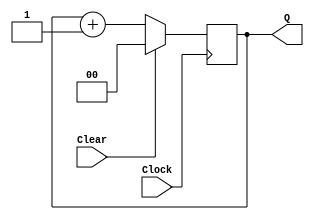
module upcount(Clear, Clock, Q);
	input Clear, Clock;
	output reg [1:0] Q;
	
	initial begin
		Q = 2'b0;
	end
	
	always @(posedge Clock)
		if (Clear) 
			Q <= 2'b0;
		else 
			Q <= Q + 1'b1;
endmodule


module upcount_5(Reset, Clock, count_en, Q);
	input Reset, Clock, count_en;
	output reg [4:0] Q;
	
	initial begin
		Q = 5'b0;
	end
	
	always @(posedge Clock)
		if (count_en)
			if (Reset) 
				Q <= 5'b0;
			else 
				Q <= Q + 1'b1;
endmodule